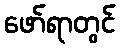
ဖော်ရာတွင်